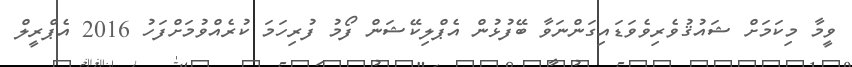
ވީމާ މިކަމަށް ޝައުޤުވެރިވެވަޑައިގަންނަވާ ބޭފުޅުން އެޕްލިކޭޝަން ފޯމު ފުރިހަމަ ކުރެއްވުމަށްފަހު 2016 އެޕްރީލް